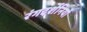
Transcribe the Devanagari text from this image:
रंगदर्शनियों